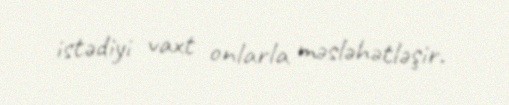
istədiyi vaxt onlarla məsləhətləşir.